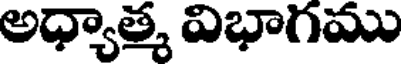
అధ్యాత్మ విభాగము